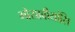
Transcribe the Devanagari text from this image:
गोसावीयांसि